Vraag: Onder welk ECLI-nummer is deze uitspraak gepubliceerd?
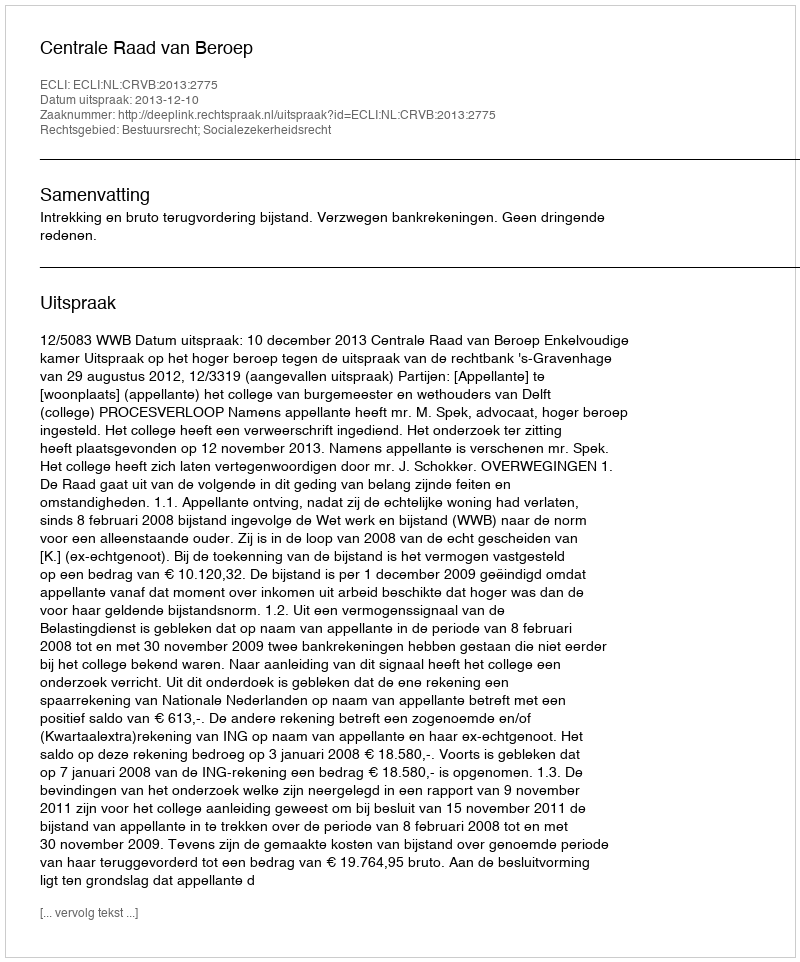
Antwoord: ECLI:NL:CRVB:2013:2775